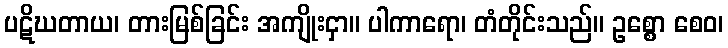
ပဋိဃတာယ၊ တားမြစ်ခြင်း အကျိုးငှာ။ ပါကာရော၊ တံတိုင်းသည်။ ဥစ္စော စေဝ၊